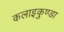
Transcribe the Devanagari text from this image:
कलाइकुण्डा